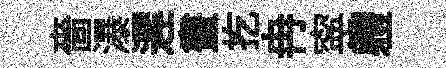
嗇瀑遲畫扢冉寜軆